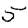
Digit: 5